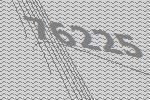
76225